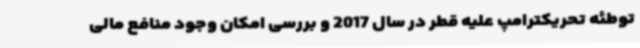
توطئه تحریکترامپ علیه قطر در سال 2017 و بررسی امکان وجود منافع مالی